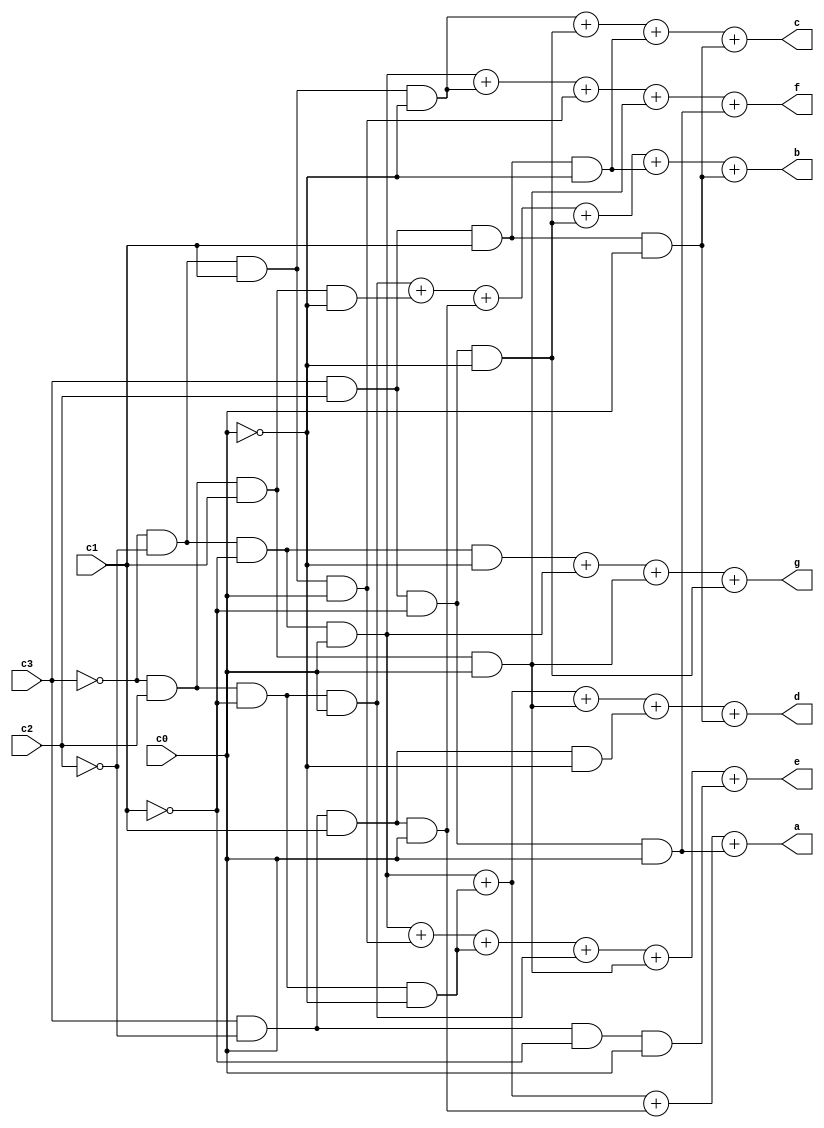
module hexdecoder(input c0, c1, c2, c3, output a, b, c, d, e, f, g);

	// Display a number from 0-15 in hex on the hex displays on the FPGA
	assign a = (~c3&~c2&~c1&c0) + (~c3&c2&~c1&~c0) + (c3&~c2&c1&c0) + (c3&c2&~c1&c0);		  
	assign b = (~c3&c2&~c1&c0) + (~c3&c2&c1&~c0) + (c3&~c2&c1&c0) + (c3&c2&~c1&~c0) + (c3&c2&c1&~c0) + (c3&c2&c1&c0);				  
	assign c = (~c3&~c2&c1&~c0) + (c3&c2&~c1&~c0) + (c3&c2&c1&~c0) + (c3&c2&c1&c0);
	assign d = (~c3&~c2&~c1&c0) + (~c3&c2&~c1&~c0) + (~c3&c2&c1&c0) + (c3&~c2&c1&~c0) + (c3&c2&c1&c0);
	assign e = (~c3&~c2&~c1&c0) + (~c3&~c2&c1&c0) + (~c3&c2&~c1&~c0) + (~c3&c2&~c1&c0) + (~c3&c2&c1&c0) + (c3&~c2&~c1&c0);
	assign f = (~c3&~c2&~c1&c0) + (~c3&~c2&c1&~c0) + (~c3&~c2&c1&c0) + (~c3&c2&c1&c0) + (c3&c2&~c1&c0);
	assign g = (~c3&~c2&~c1&~c0) + (~c3&~c2&~c1&c0) + (~c3&c2&c1&c0) + (c3&c2&~c1&~c0);
							  
endmodule